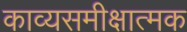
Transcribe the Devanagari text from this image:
काव्यसमीक्षात्मक